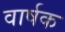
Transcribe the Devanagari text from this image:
वार्षक